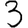
Digit: 3